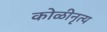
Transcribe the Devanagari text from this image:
कोळीनृत्य